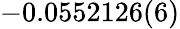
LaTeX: -0.0552126(6)